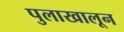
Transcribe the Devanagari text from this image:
पुलाखालून